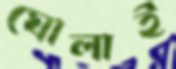
ঘোলাই